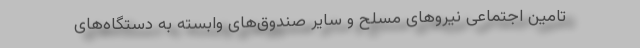
تامین اجتماعی نیروهای مسلح و سایر صندوق‌های وابسته به دستگاه‌های